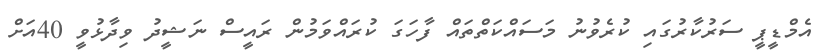
އެމްޑީޕީ ސަރުކާރުގައި ކުރެވުނު މަސައްކަތްތައް ފާހަގަ ކުރައްވަމުން ރައީސް ނަޝީދު ވިދާޅުވީ 40އަށް